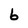
Character: 6